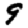
Digit: 9